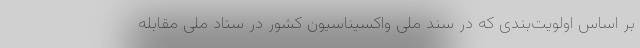
بر اساس اولویت‌بندی‌ که در سند ملی واکسیناسیون کشور در ستاد ملی مقابله